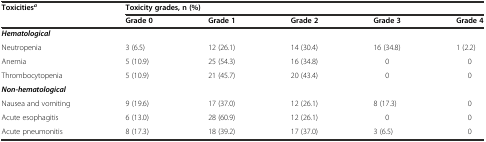
<table><thead><tr><td rowspan="2"><b>Toxicities<sup><i>a</i></sup></b></td><td colspan="5"><b>Toxicity grades, n (%)</b></td></tr><tr><td><b>Grade 0</b></td><td><b>Grade 1</b></td><td><b>Grade 2</b></td><td><b>Grade 3</b></td><td><b>Grade 4</b></td></tr></thead><tbody><tr><td colspan="6"><b><i>Hematological</i></b></td></tr><tr><td>Neutropenia</td><td>3 (6.5)</td><td>12 (26.1)</td><td>14 (30.4)</td><td>16 (34.8)</td><td>1 (2.2)</td></tr><tr><td>Anemia</td><td>5 (10.9)</td><td>25 (54.3)</td><td>16 (34.8)</td><td>0</td><td>0</td></tr><tr><td>Thrombocytopenia</td><td>5 (10.9)</td><td>21 (45.7)</td><td>20 (43.4)</td><td>0</td><td>0</td></tr><tr><td colspan="6"><b><i>Non-hematological</i></b></td></tr><tr><td>Nausea and vomiting</td><td>9 (19.6)</td><td>17 (37.0)</td><td>12 (26.1)</td><td>8 (17.3)</td><td>0</td></tr><tr><td>Acute esophagitis</td><td>6 (13.0)</td><td>28 (60.9)</td><td>12 (26.1)</td><td>0</td><td>0</td></tr><tr><td>Acute pneumonitis</td><td>8 (17.3)</td><td>18 (39.2)</td><td>17 (37.0)</td><td>3 (6.5)</td><td>0</td></tr></tbody></table>